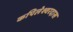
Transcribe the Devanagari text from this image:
कपिलेश्वरदास